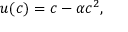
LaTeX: u ( c ) = c - \alpha c ^ { 2 } ,